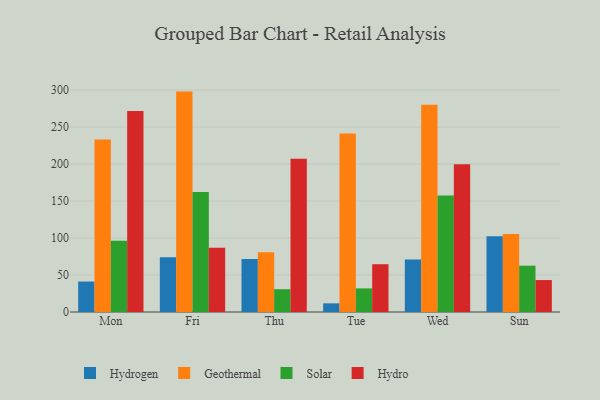
{"axis": {"x": "Day", "y": "Net Income (USD K)"}, "legend": ["Geothermal", "Hydro", "Hydrogen", "Solar"], "data": [{"x": "Mon", "y": 41.2, "type": "Hydrogen"}, {"x": "Mon", "y": 233.1, "type": "Geothermal"}, {"x": "Mon", "y": 96.4, "type": "Solar"}, {"x": "Mon", "y": 271.7, "type": "Hydro"}, {"x": "Fri", "y": 74.0, "type": "Hydrogen"}, {"x": "Fri", "y": 298.0, "type": "Geothermal"}, {"x": "Fri", "y": 162.1, "type": "Solar"}, {"x": "Fri", "y": 86.9, "type": "Hydro"}, {"x": "Thu", "y": 71.5, "type": "Hydrogen"}, {"x": "Thu", "y": 80.7, "type": "Geothermal"}, {"x": "Thu", "y": 30.8, "type": "Solar"}, {"x": "Thu", "y": 207.1, "type": "Hydro"}, {"x": "Tue", "y": 11.7, "type": "Hydrogen"}, {"x": "Tue", "y": 241.2, "type": "Geothermal"}, {"x": "Tue", "y": 31.9, "type": "Solar"}, {"x": "Tue", "y": 64.6, "type": "Hydro"}, {"x": "Wed", "y": 71.1, "type": "Hydrogen"}, {"x": "Wed", "y": 280.2, "type": "Geothermal"}, {"x": "Wed", "y": 157.5, "type": "Solar"}, {"x": "Wed", "y": 199.8, "type": "Hydro"}, {"x": "Sun", "y": 102.4, "type": "Hydrogen"}, {"x": "Sun", "y": 105.3, "type": "Geothermal"}, {"x": "Sun", "y": 62.6, "type": "Solar"}, {"x": "Sun", "y": 43.2, "type": "Hydro"}]}